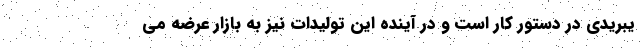
یبریدی در دستور کار است و در آینده این تولیدات نیز به بازار عرضه می